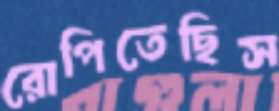
রোপিতেছিস